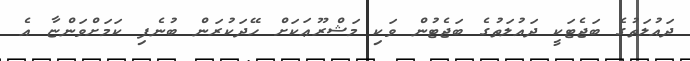
ދައުލަތުގެ ބަޖެޓަކީ ދައުލަތުގެ ބަޖެޓުން ވަކި މަޝްރޫޢަކަށް ހޭދަކުރަން ބުނެފި ކަމަށްވަންޏާ އެ